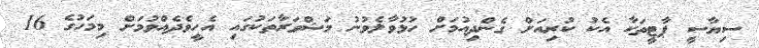
ސިޔާސީ ޕާޓީތަކާ އެކު ކުރިއަށް ގެންދިއުމަށް ހުޅުވާލެވުނު މަޝްވަރާތަކުގައި އެހީވެދެއްވުމަށް މިމަހުގެ 16